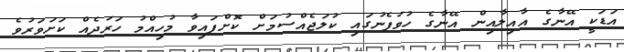
އަޑަކީ އޭނާގެ އާއިލާއިން އޭނާގެ ހުވަފެނުގައި ކުލަޖެއްސުމަށް ކޮށްފައިވާ މުހިއްމު ހަރަދެެއް ކަށަވަރުވެ